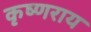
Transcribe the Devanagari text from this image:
कृष्णराय